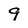
Character: 9